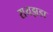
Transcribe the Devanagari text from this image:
रायझडा